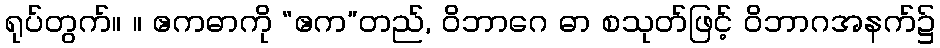
ရုပ်တွက်။ ။ ဧကဓာကို “ဧက”တည်, ဝိဘာဂေ ဓာ စသုတ်ဖြင့် ဝိဘာဂအနက်၌